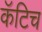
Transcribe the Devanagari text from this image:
कॅटिच